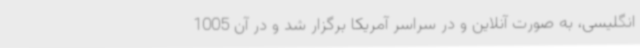
انگلیسی،‌ به صورت آنلاین و در سراسر آمریکا برگزار شد و در آن 1005